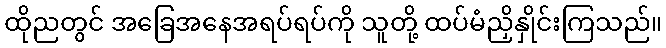
ထိုညတွင် အခြေအနေအရပ်ရပ်ကို သူတို့ ထပ်မံညှိနှိုင်းကြသည်။